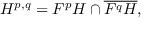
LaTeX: H ^ { p , q } = F ^ { p } H \cap { \overline { { F ^ { q } H } } } ,